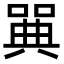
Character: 𠽝